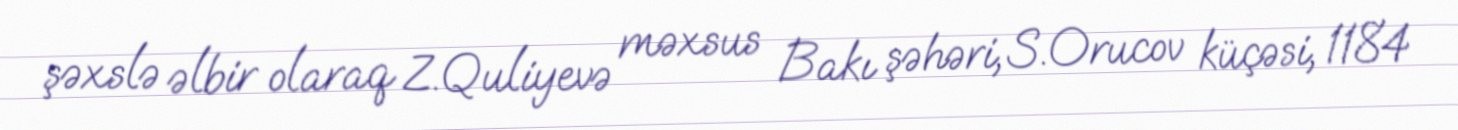
şəxslə əlbir olaraq Z.Quliyevə məxsus Bakı şəhəri, S.Orucov küçəsi, 1184